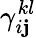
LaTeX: {\gamma}_{i\mathbf{j}}^{kl}